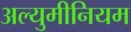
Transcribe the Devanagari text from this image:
अल्युमीनियम